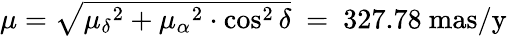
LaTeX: \begin{array}{l}{\mu={\sqrt{{\mu_{\delta}}^{2}+{\mu_{\alpha}}^{2}\cdot\cos^{2}\delta}}\ =\ 327.78\ {\mathrm{mas/y}}}\end{array}